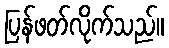
ပြန်ဖတ်လိုက်သည်။